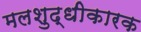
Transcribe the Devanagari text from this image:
मलशुद्धीकारक